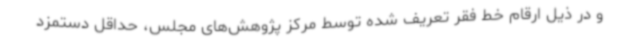
و در ذیل ارقام خط فقر تعریف شده توسط مرکز پژوهش‌های مجلس، حداقل دستمزد